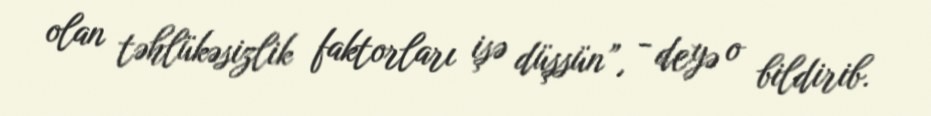
olan təhlükəsizlik faktorları işə düşsün”, - deyə o bildirib.